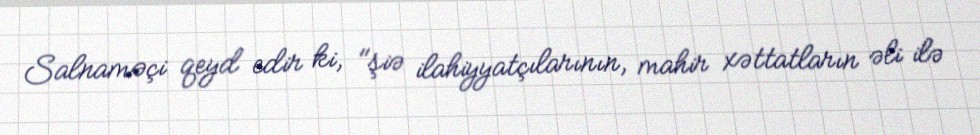
Salnaməçi qeyd edir ki, "şiə ilahiyyatçılarının, mahir xəttatların əli ilə